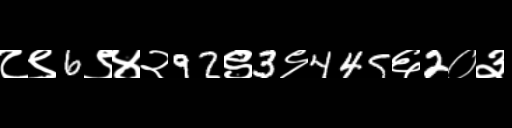
Text: ८९6९४२92९3९445६2०३